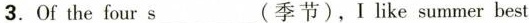
3.Of the four\underline{s} (季节),I like summer best